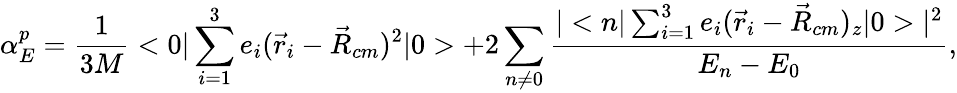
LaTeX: \alpha_{E}^{p}={\frac{1}{3M}}<0|\sum_{i=1}^{3}e_{i}(\vec{r}_{i}-\vec{R}_{cm})^{2}|0>+2\sum_{n\neq 0}{\frac{|<n|\sum_{i=1}^{3}e_{i}(\vec{r}_{i}-\vec{R}_{cm})_{z}|0>|^{2}}{E_{n}-E_{0}}},